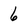
Character: 6